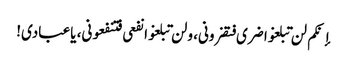
إنکم لن تبلغوا ضری فتضرونی، ولن تبلغوا نفعی فتنفعونی، یاعبادی!